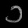
Digit: ၁